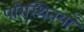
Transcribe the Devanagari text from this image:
परिस्थितयाँ